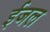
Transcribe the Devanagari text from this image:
ईजल